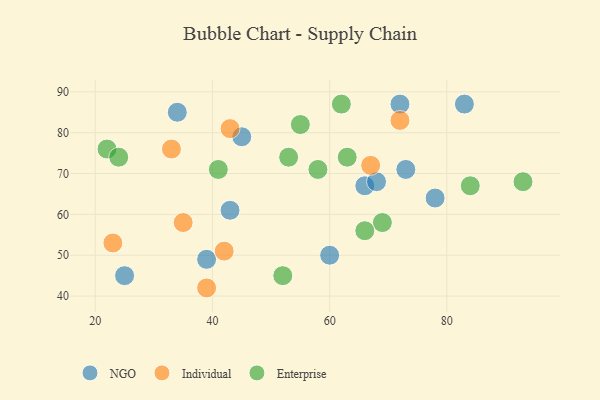
{"axis": {"x": "GDP", "y": "Life Expectancy"}, "legend": ["Enterprise", "Individual", "NGO"], "data": [{"x": "66", "y": 67, "type": "NGO"}, {"x": "39", "y": 49, "type": "NGO"}, {"x": "34", "y": 85, "type": "NGO"}, {"x": "60", "y": 50, "type": "NGO"}, {"x": "78", "y": 64, "type": "NGO"}, {"x": "45", "y": 79, "type": "NGO"}, {"x": "83", "y": 87, "type": "NGO"}, {"x": "73", "y": 71, "type": "NGO"}, {"x": "25", "y": 45, "type": "NGO"}, {"x": "72", "y": 87, "type": "NGO"}, {"x": "43", "y": 61, "type": "NGO"}, {"x": "68", "y": 68, "type": "NGO"}, {"x": "39", "y": 42, "type": "Individual"}, {"x": "67", "y": 72, "type": "Individual"}, {"x": "43", "y": 81, "type": "Individual"}, {"x": "35", "y": 58, "type": "Individual"}, {"x": "33", "y": 76, "type": "Individual"}, {"x": "72", "y": 83, "type": "Individual"}, {"x": "23", "y": 53, "type": "Individual"}, {"x": "42", "y": 51, "type": "Individual"}, {"x": "58", "y": 71, "type": "Enterprise"}, {"x": "69", "y": 58, "type": "Enterprise"}, {"x": "53", "y": 74, "type": "Enterprise"}, {"x": "62", "y": 87, "type": "Enterprise"}, {"x": "63", "y": 74, "type": "Enterprise"}, {"x": "52", "y": 45, "type": "Enterprise"}, {"x": "55", "y": 82, "type": "Enterprise"}, {"x": "22", "y": 76, "type": "Enterprise"}, {"x": "41", "y": 71, "type": "Enterprise"}, {"x": "84", "y": 67, "type": "Enterprise"}, {"x": "66", "y": 56, "type": "Enterprise"}, {"x": "93", "y": 68, "type": "Enterprise"}, {"x": "24", "y": 74, "type": "Enterprise"}]}